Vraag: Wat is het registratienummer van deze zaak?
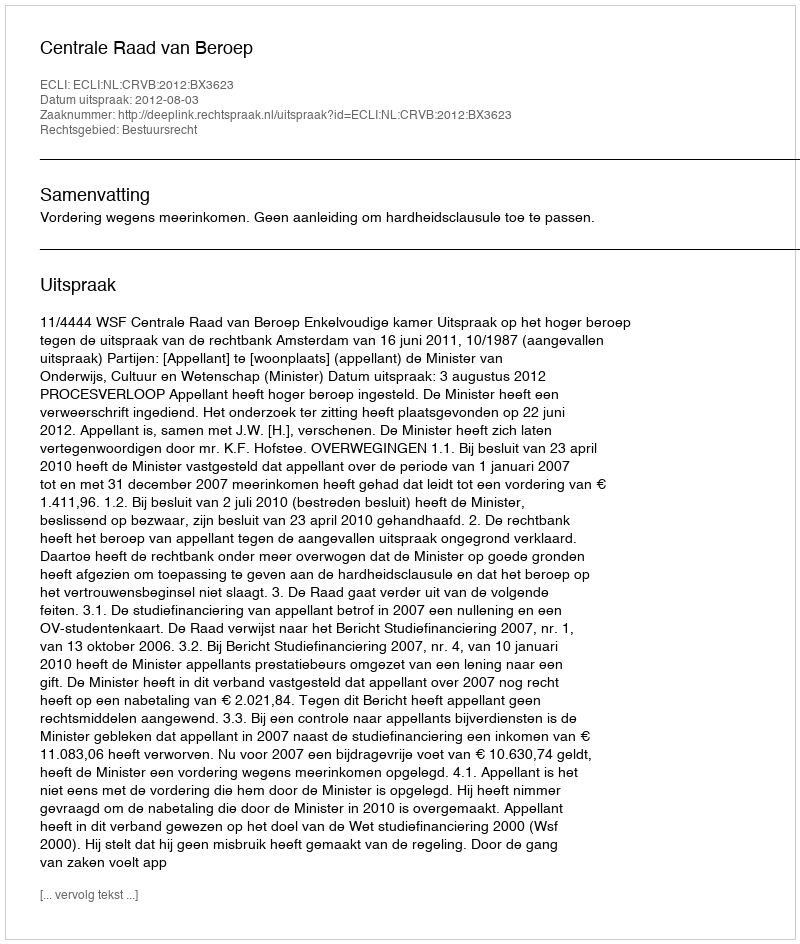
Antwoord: http://deeplink.rechtspraak.nl/uitspraak?id=ECLI:NL:CRVB:2012:BX3623